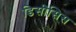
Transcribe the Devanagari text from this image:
डिसीसिस